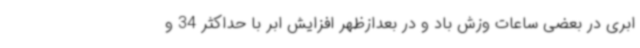
ابری در بعضی ساعات وزش باد و در بعدازظهر افزایش ابر با حداکثر 34 و